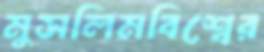
মুসলিমবিশ্বের